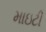
માઇટી